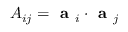
A _ { i j } = \textbf { a } _ { i } \cdot \textbf { a } _ { j }